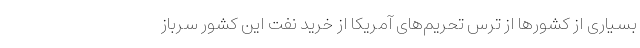
بسیاری از کشورها از ترس تحریم‌های آمریکا از خرید نفت این کشور سرباز